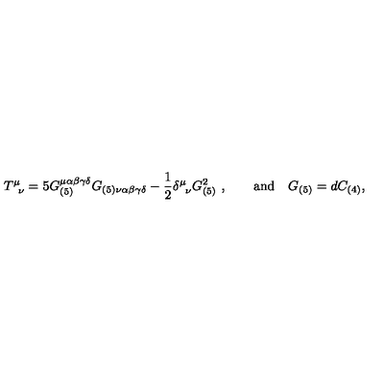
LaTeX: T _ { \phantom { \mu } \nu } ^ { \mu } = 5 G _ { ( 5 ) } ^ { \mu \alpha \beta \gamma \delta } G _ { ( 5 ) \nu \alpha \beta \gamma \delta } - \frac { 1 } { 2 } \delta _ { \phantom { \mu } \nu } ^ { \mu } G _ { ( 5 ) } ^ { 2 } \ , \qquad \mathrm { a n d } \quad G _ { ( 5 ) } = d C _ { ( 4 ) } ,